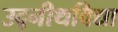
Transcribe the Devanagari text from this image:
उद्नीथविद्या